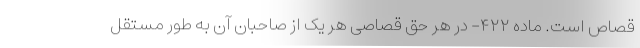
قصاص است. ماده ۴۲۲- در هر حق قصاصی هر یک از صاحبان آن به طور مستقل